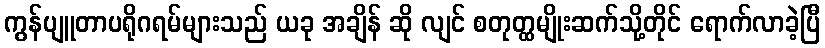
ကွန်ပျူတာပရိုဂရမ်များသည် ယခု အချိန် ဆို လျင် စတုတ္ထမျိုးဆက်သို့တိုင် ရောက်လာခဲ့ပြီ